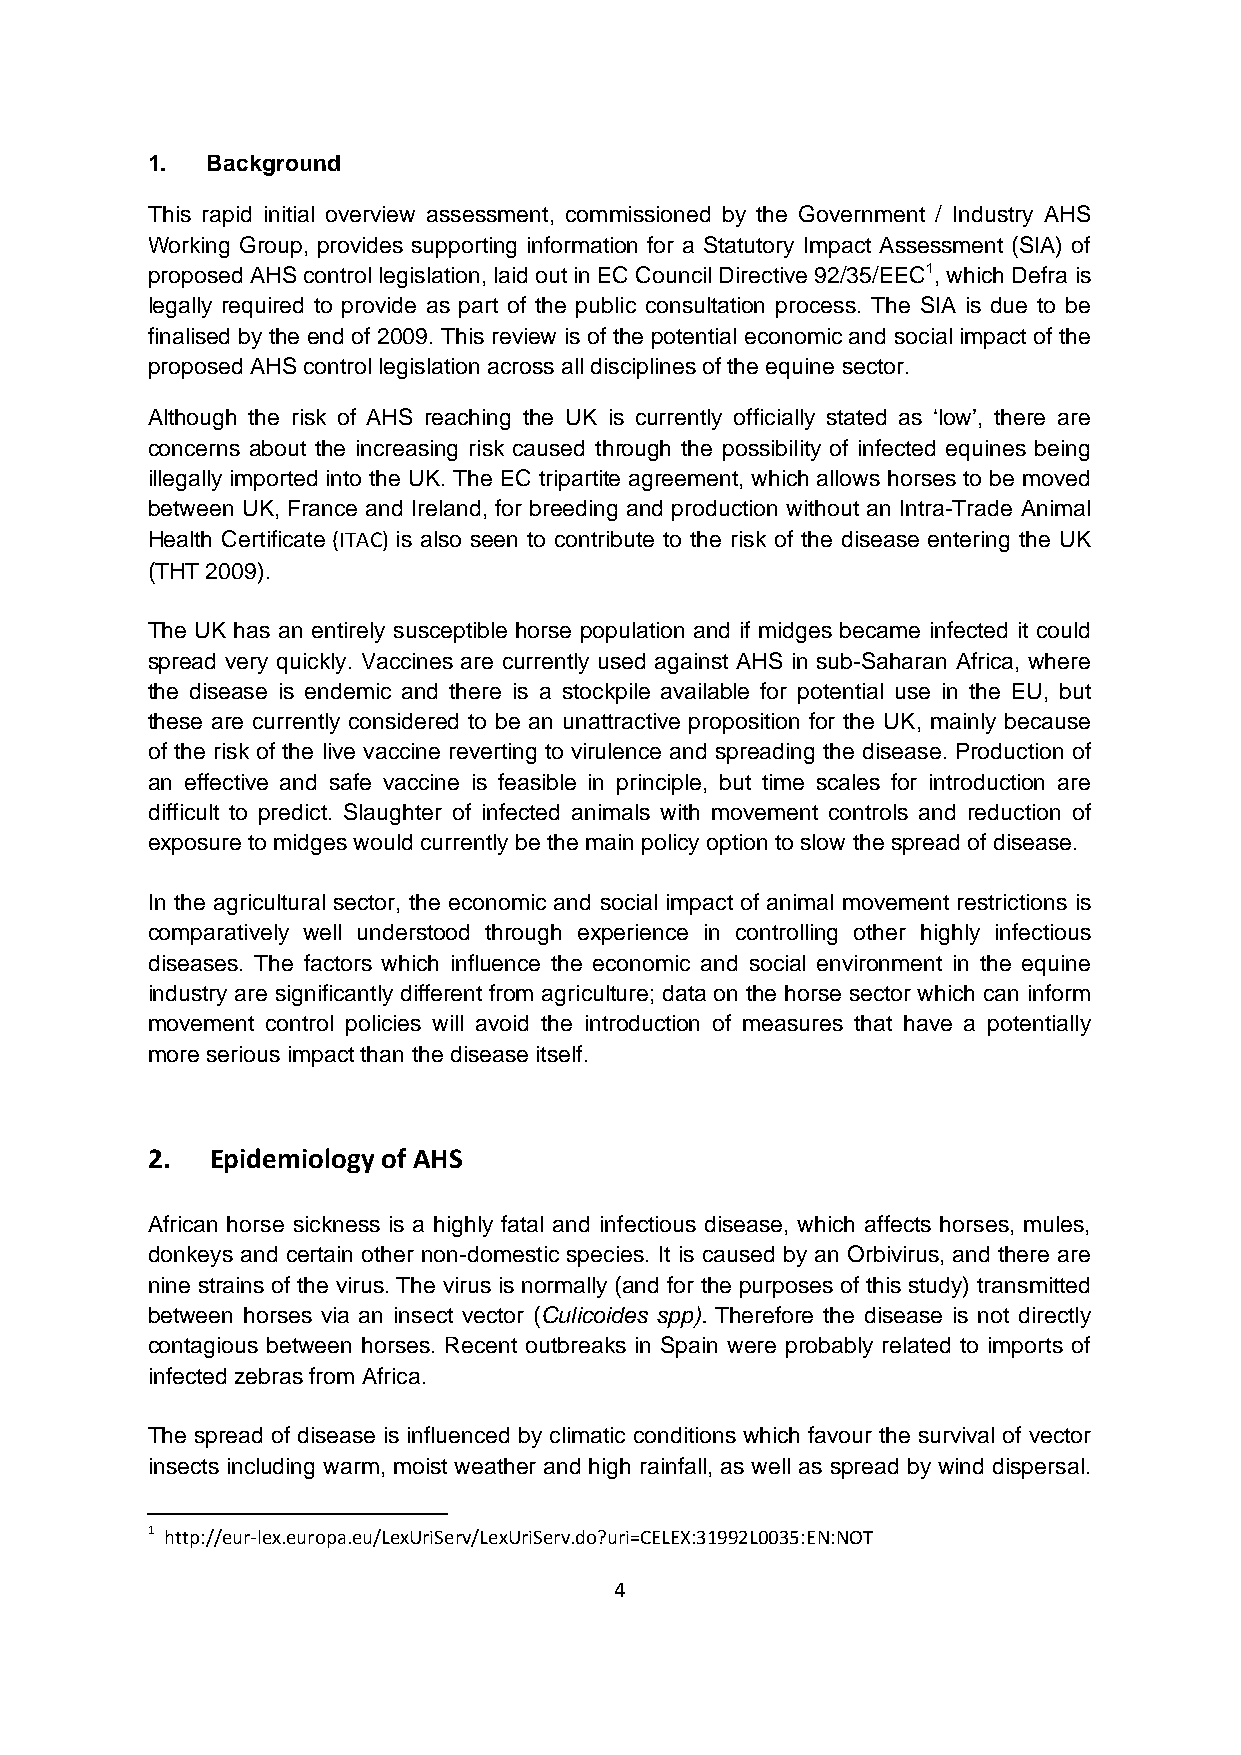
1.  Background
 This rapid initial overview assessment, commissioned by the Government / Industry AHS
 Working Group, provides supporting information for a Statutory Impact Assessment (SIA) of
 proposed AHS control legislation, laid out in EC Council Directive 92/35/EEC1, which Defra is
 legally required to provide as part of the public consultation process. The SIA is due to be
 finalised by the end of 2009. This review is of the potential economic and social impact of the
 proposed AHS control legislation across all disciplines of the equine sector.
 Although the risk of AHS reaching the UK is currently officially stated as ‘low’, there are
 concerns about the increasing risk caused through the possibility of infected equines being
 illegally imported into the UK. The EC tripartite agreement, which allows horses to be moved
 between UK, France and Ireland, for breeding and production without an Intra-Trade Animal
 Health Certificate (ITAC) is also seen to contribute to the risk of the disease entering the UK
 (THT 2009).
 The UK has an entirely susceptible horse population and if midges became infected it could
 spread very quickly. Vaccines are currently used against AHS in sub-Saharan Africa, where
 the disease is endemic and there is a stockpile available for potential use in the EU, but
 these are currently considered to be an unattractive proposition for the UK, mainly because
 of the risk of the live vaccine reverting to virulence and spreading the disease. Production of
 an effective and safe vaccine is feasible in principle, but time scales for introduction are
 difficult to predict. Slaughter of infected animals with movement controls and reduction of
 exposure to midges would currently be the main policy option to slow the spread of disease.
 In the agricultural sector, the economic and social impact of animal movement restrictions is
 comparatively well understood through experience in controlling other highly infectious
 diseases. The factors which influence the economic and social environment in the equine
 industry are significantly different from agriculture; data on the horse sector which can inform
 movement control policies will avoid the introduction of measures that have a potentially
 more serious impact than the disease itself.
 2.  Epidemiology of AHS
 African horse sickness is a highly fatal and infectious disease, which affects horses, mules,
 donkeys and certain other non-domestic species. It is caused by an Orbivirus, and there are
 nine strains of the virus. The virus is normally (and for the purposes of this study) transmitted
 between horses via an insect vector (Culicoides spp). Therefore the disease is not directly
 contagious between horses. Recent outbreaks in Spain were probably related to imports of
 infected zebras from Africa.
 The spread of disease is influenced by climatic conditions which favour the survival of vector
 insects including warm, moist weather and high rainfall, as well as spread by wind dispersal.
 1 http://eur‐lex.europa.eu/LexUriServ/LexUriServ.do?uri=CELEX:31992L0035:EN:NOT
 4